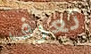
تعرف